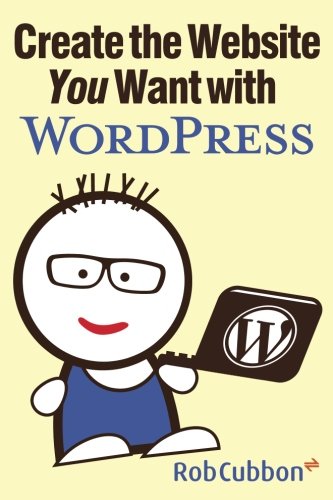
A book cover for Create the Website You Want with WordPress; Rob Cubbon; Computers & Technology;